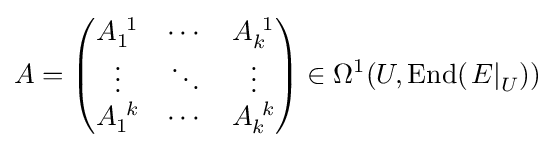
A={\begin{pmatrix}A_{1}^{\ 1}&\cdots &A_{k}^{\ 1}\\\vdots &\ddots &\vdots \\A_{1}^{\ k}&\cdots &A_{k}^{\ k}\end{pmatrix}}\in \Omega ^{1}(U,\operatorname {End} (\left.E\right|_{U}))